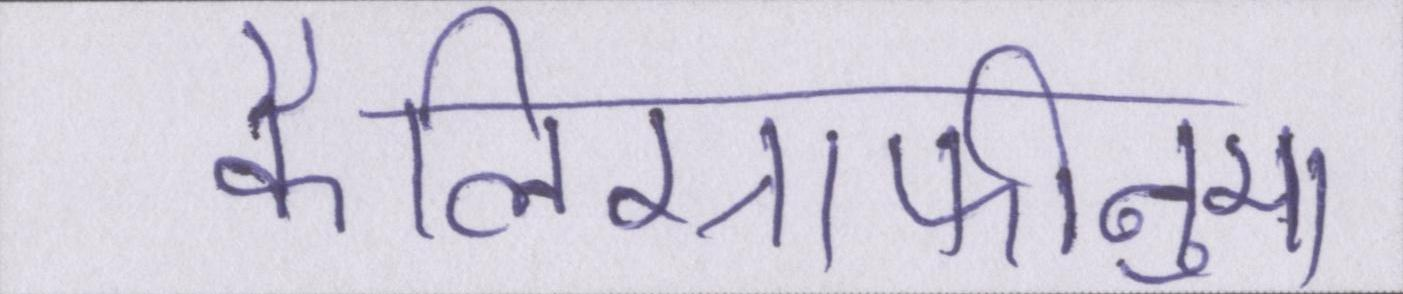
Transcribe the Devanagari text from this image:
कैलिग्राफीनुमा